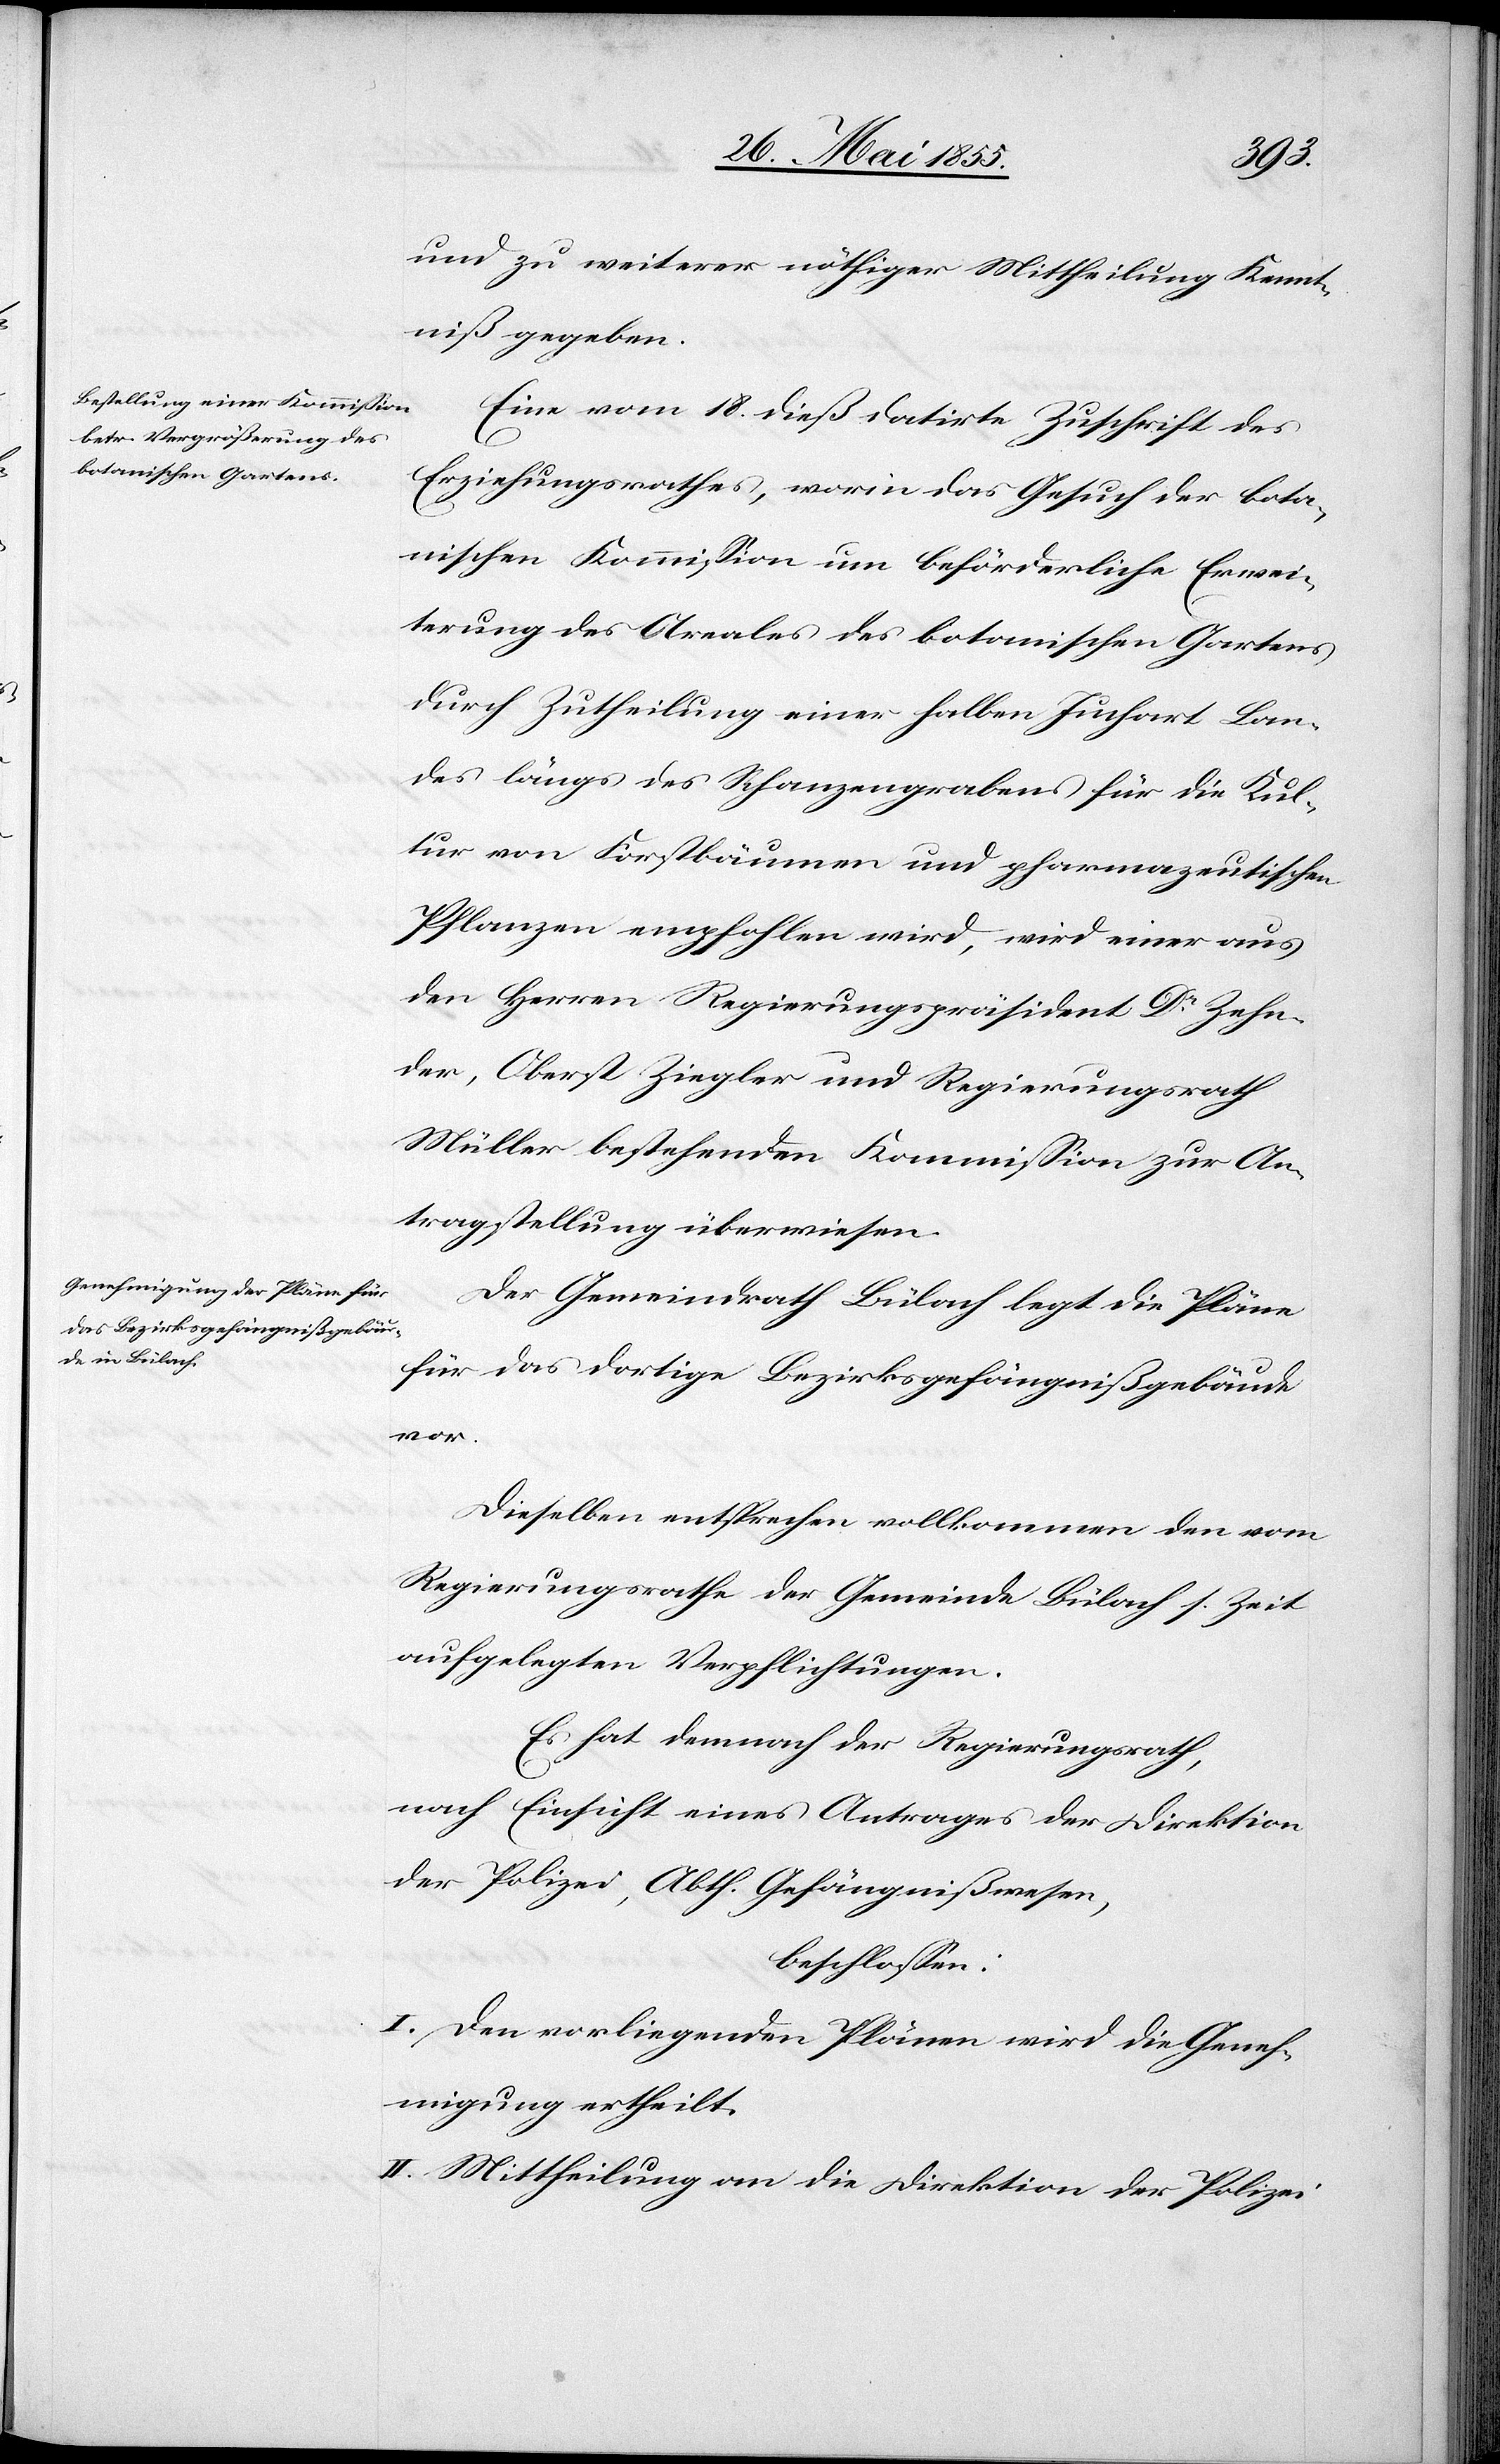
und zu weiterer nöthiger Mittheilung Kennt¬
niß gegeben.
Eine vom 18. dieß datirte Zuschrift des
Erziehungsrathes, worin das Gesuch der bota¬
nischen Kommission um beförderliche Erwei¬
terung des Areales des botanischen Gartens
durch Zutheilung einer halben Juchart Lan¬
des längs des Schanzengrabens für die Kul¬
tur von Forstbäumen und pharmazeutischen
Pflanzen empfohlen wird, wird einer aus
den Herren Regierungspräsident Dr Zehn¬
der, Oberst Ziegler und Regierungsrath
Müller bestehenden Kommission zur An¬
tragstellung überwiesen.
Der Gemeindrath Bülach legt die Pläne
für das dortige Bezirksgefängnißgebäude
vor.
Dieselben entsprechen vollkommen den vom
Regierungsrathe der Gemeinde Bülach s. Zeit
aufgelegten Verpflichtungen.
Es hat demnach der Regierungsrath,
nach Einsicht eines Antrages der Direktion
der Polizei, Abth. Gefängnißwesen,
beschlossen:
I. Den vorliegenden Plänen wird die Geneh¬
migung ertheilt.
II. Mittheilung an die Direktion der Polizei